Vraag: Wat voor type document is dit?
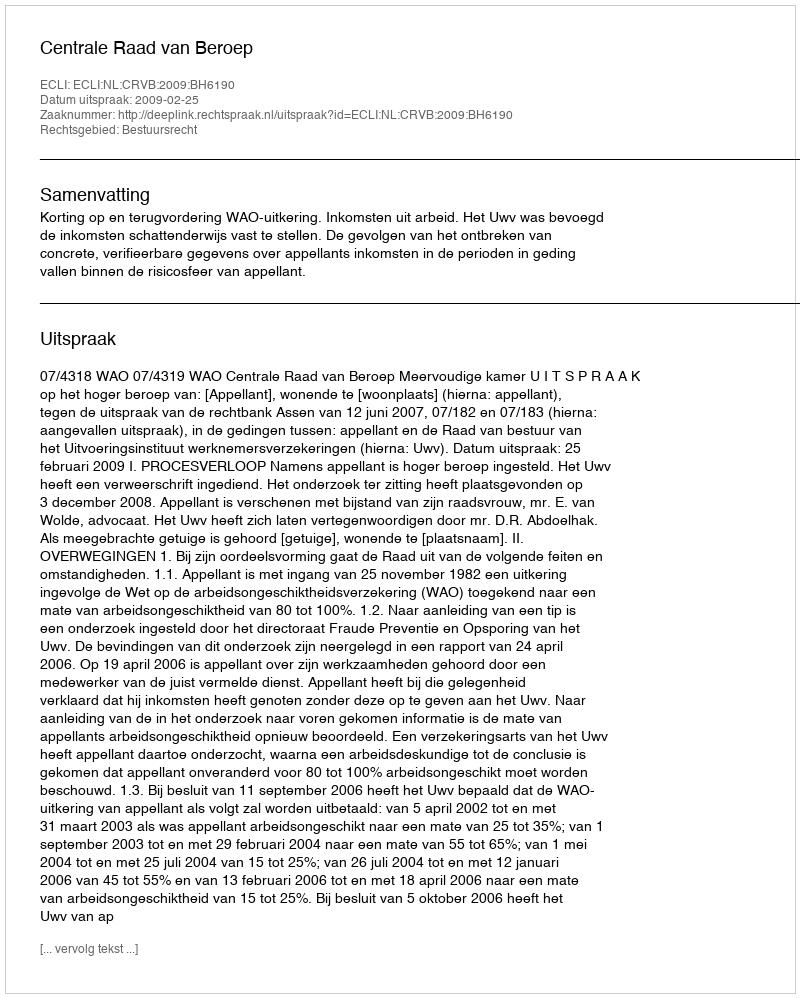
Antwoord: Uitspraak